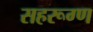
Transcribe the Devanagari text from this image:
सहरूग्ण